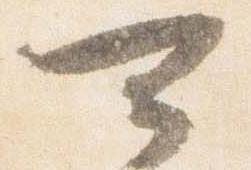
可